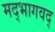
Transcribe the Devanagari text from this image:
मद्‌भागवद्‌